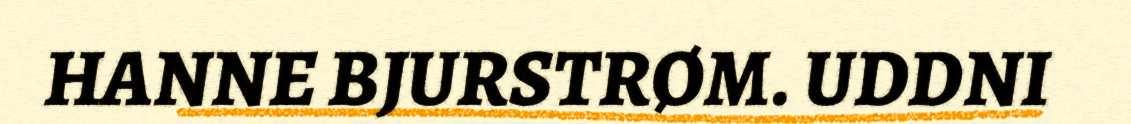
HANNE BJURSTRØM. UDDNI